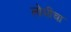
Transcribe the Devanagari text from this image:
लोधीचा